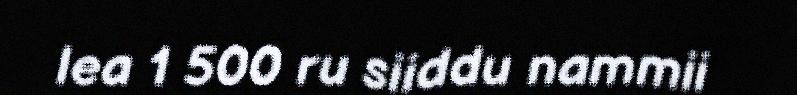
lea 1 500 ru siiddu nammii